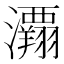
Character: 𰝲